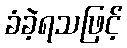
ခံခဲ့ရသဖြင့်